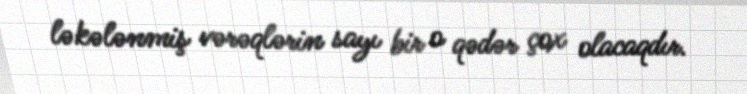
ləkələnmiş vərəqlərin sayı bir o qədər çox olacaqdır.